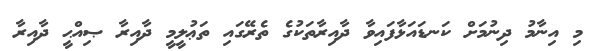
މި އިނާމު ދިނުމަށް ކަނޑައަޅާފައިވާ ދާއިރާތަކުގެ ތެރޭގައި ތަޢުލީމީ ދާއިރާ ޞިއްޙީ ދާއިރާ